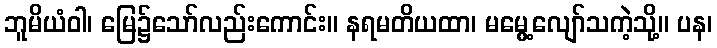
ဘူမိယံဝါ၊ မြေ၌သော်လည်းကောင်း။ နရမတိယထာ၊ မမွေ့လျော်သကဲ့သို့။ ပန၊